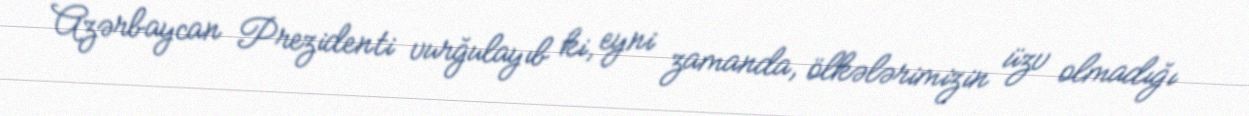
Azərbaycan Prezidenti vurğulayıb ki, eyni zamanda, ölkələrimizin üzv olmadığı